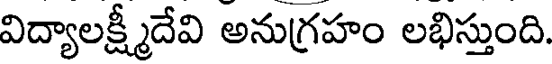
విద్యాలక్ష్మీదేవి అనుగ్రహం లభిస్తుంది.